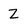
Character: Z